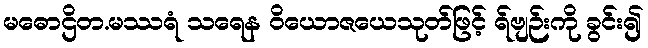
မဓောဌိတ.မဿရံ သရေန ဝိယောဇယေသုတ်ဖြင့် ရ်ဗျဉ်းကို ခွင်း၍